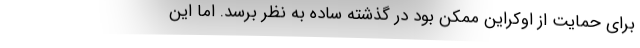
برای حمایت از اوکراین ممکن بود در گذشته ساده به نظر برسد. اما این